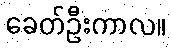
ခေတ်ဦးကာလ။